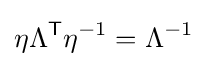
\eta \Lambda ^{\textsf {T}}\eta ^{-1}=\Lambda ^{-1}